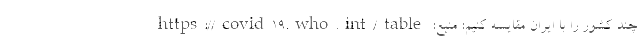
چند کشور را با ایران مقایسه کنیم: منبع: https://covid19.who.int/table